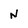
Character: N